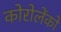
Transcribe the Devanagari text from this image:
कोरोलेंको